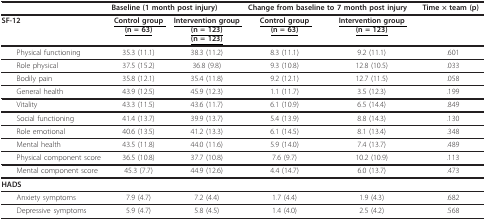
<table><thead><tr><td></td><td colspan="2"><b>Baseline (1 month post injury)</b></td><td colspan="2"><b>Change from baseline to 7 month post injury</b></td><td><b>Time × team (p)</b></td></tr></thead><tbody><tr><td><b>SF-12</b></td><td><b><underline>Control group (n = 63)</underline></b></td><td><b><underline>Intervention group (n = 123)</underline></b><b><underline>(n = 123)</underline></b></td><td><b><underline>Control group (n = 63)</underline></b></td><td><b><underline>Intervention group (n = 123)</underline></b></td><td></td></tr><tr><td> Physical functioning</td><td>35.3 (11.1)</td><td>38.3 (11.2)</td><td>8.3 (11.1)</td><td>9.2 (11.1)</td><td>.601</td></tr><tr><td> Role physical</td><td>37.5 (15.2)</td><td>36.8 (9.8)</td><td>9.3 (10.8)</td><td>12.8 (10.5)</td><td>.033</td></tr><tr><td> Bodily pain</td><td>35.8 (12.1)</td><td>35.4 (11.8)</td><td>9.2 (12.1)</td><td>12.7 (11.5)</td><td>.058</td></tr><tr><td> General health</td><td>43.9 (12.5)</td><td>45.9 (12.3)</td><td>1.1 (11.7)</td><td>3.5 (12.3)</td><td>.199</td></tr><tr><td> Vitality</td><td>43.3 (11.5)</td><td>43.6 (11.7)</td><td>6.1 (10.9)</td><td>6.5 (14.4)</td><td>.849</td></tr><tr><td> Social functioning</td><td>41.4 (13.7)</td><td>39.9 (13.7)</td><td>5.4 (13.9)</td><td>8.8 (14.3)</td><td>.130</td></tr><tr><td> Role emotional</td><td>40.6 (13.5)</td><td>41.2 (13.3)</td><td>6.1 (14.5)</td><td>8.1 (13.4)</td><td>.348</td></tr><tr><td> Mental health</td><td>43.5 (11.8)</td><td>44.0 (11.6)</td><td>5.9 (14.0)</td><td>7.4 (13.7)</td><td>.489</td></tr><tr><td> Physical component score</td><td>36.5 (10.8)</td><td>37.7 (10.8)</td><td>7.6 (9.7)</td><td>10.2 (10.9)</td><td>.113</td></tr><tr><td> Mental component score</td><td>45.3 (7.7)</td><td>44.9 (12.6)</td><td>4.4 (14.7)</td><td>6.0 (13.7)</td><td>.473</td></tr><tr><td><b>HADS</b></td><td></td><td></td><td></td><td></td><td></td></tr><tr><td> Anxiety symptoms</td><td>7.9 (4.7)</td><td>7.2 (4.4)</td><td>1.7 (4.4)</td><td>1.9 (4.3)</td><td>.682</td></tr><tr><td> Depressive symptoms</td><td>5.9 (4.7)</td><td>5.8 (4.5)</td><td>1.4 (4.0)</td><td>2.5 (4.2)</td><td>.568</td></tr></tbody></table>